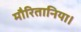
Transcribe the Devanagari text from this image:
मौरितानिया।